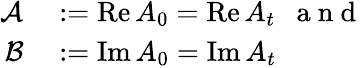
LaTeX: \begin{array}{rl}{\mathcal{A}}&{{}:=\operatorname{Re}A_{0}=\operatorname{Re}A_{t}\mathrm{~\ \ a~n~d~}}\\ {\mathcal{B}}&{{}:=\operatorname{Im}A_{0}=\operatorname{Im}A_{t}}\end{array}